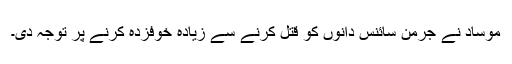
موساد نے جرمن سائنس دانوں کو قتل کرنے سے زیادہ خوفزدہ کرنے پر توجہ دی۔